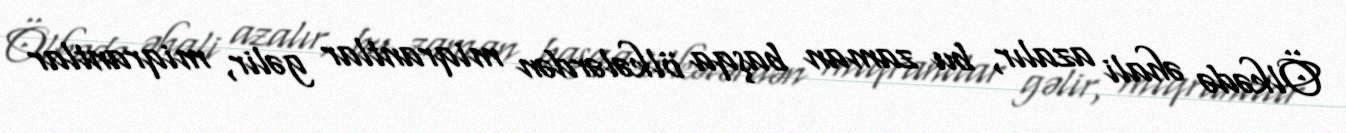
Ölkədə əhali azalır, bu zaman başqa ölkələrdən miqrantlar gəlir, miqrantlar